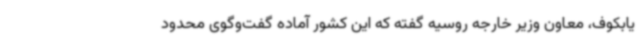
یابکوف، معاون وزیر خارجه روسیه گفته که این کشور آماده گفت‌وگوی محدود